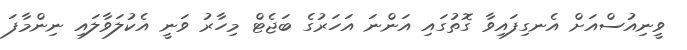
ވީނިއުސްއަށް އެނގިފައިވާ ގޮތުގައި އަންނަ އަހަރުގެ ބަޖެޓް މިހާރު ވަނީ އެކުލަވާލައި ނިންމާފަ